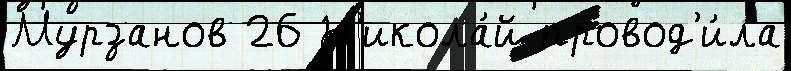
Мурзанов 26 Н'икола́й провод'и́ла